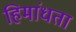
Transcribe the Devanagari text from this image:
हिमांधता